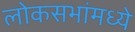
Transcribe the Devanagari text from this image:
लोकसभांमध्ये